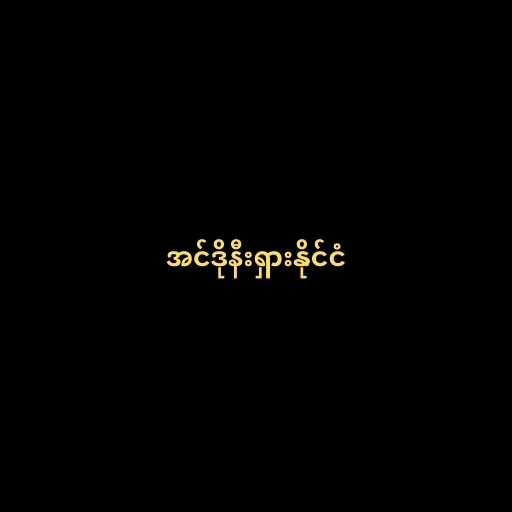
အင်ဒိုနီးရှားနိုင်ငံ